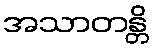
အသာတန္တိ